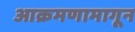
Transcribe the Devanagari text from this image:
आक्रमणामागून